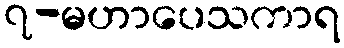
၇-မဟာပေသကာရ